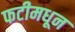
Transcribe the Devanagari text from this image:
फटीमधून